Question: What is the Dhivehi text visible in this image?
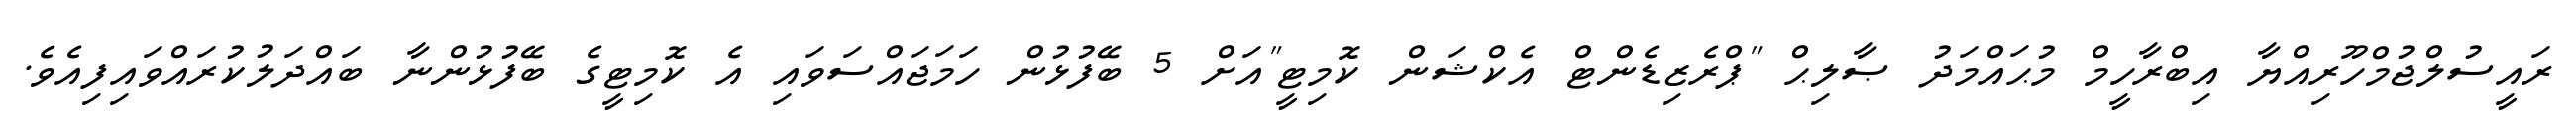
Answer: ރައީސުލްޖުމްހޫރިއްޔާ އިބްރާހީމް މުޙައްމަދު ޞާލިޙް "ޕްރެޒިޑެންޓް އެކްޝަން ކޮމިޓީ"އަށް 5 ބޭފުޅުން ހަމަޖައްސަވައި އެ ކޮމިޓީގެ ބޭފުޅުންނާ ބައްދަލުކުރައްވައިފިއެވެ.